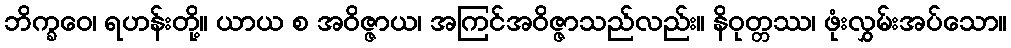
ဘိက္ခဝေ၊ ရဟန်းတို့။ ယာယ စ အဝိဇ္ဇာယ၊ အကြင်အဝိဇ္ဇာသည်လည်း။ နိဝုတ္တဿ၊ ဖုံးလွှမ်းအပ်သော။